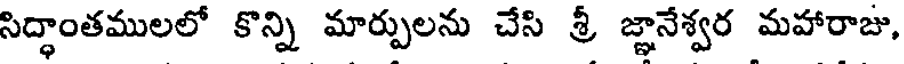
సిద్ధాంతములలో కొన్ని మార్పులను చేసి శ్రీ జ్ఞానేశ్వర మహారాజు,